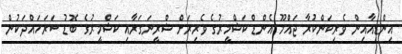
އިންޑިއާއިން ވެރިކަންކުރާ ޖައްމޫ އެންޑް ކަޝްމީރުގެ ވެރިރަށް ޝްރީނަގަރާއި ކަޝްމީރުގެ ބޮޑު ސަރަހައްދަކުން